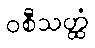
ဝစီသတ္ထံ